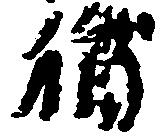
猶